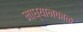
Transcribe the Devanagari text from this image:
माध्यानकाळ